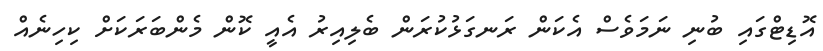
އޮޑިޓްގައި ބުނި ނަމަވެސް އެކަން ރަނގަޅުކުރަން ބެލިއިރު އެއީ ކޮން މެންބަރަކަށް ކިހިނެއް